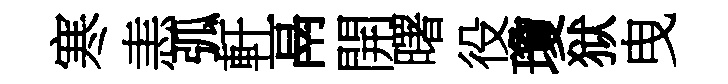
寒恚弧軒鬲開曙役瓊狱曳